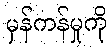
မှန်ကန်မှုကို